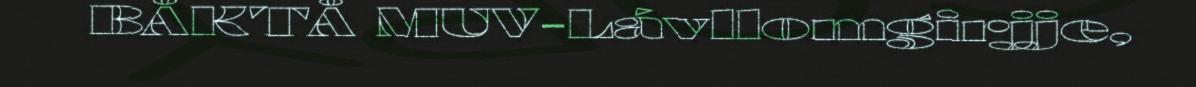
BÅKTÅ MUV-Lávllomgirjje,